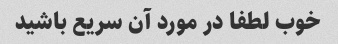
خوب لطفا در مورد آن سریع باشید